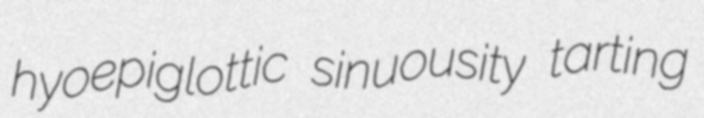
hyoepiglottic sinuousity tarting